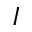
I